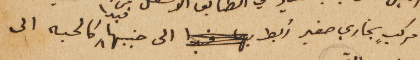
مركب بخاري صغير رُبط الى جنبها فبدا كالحبه الى